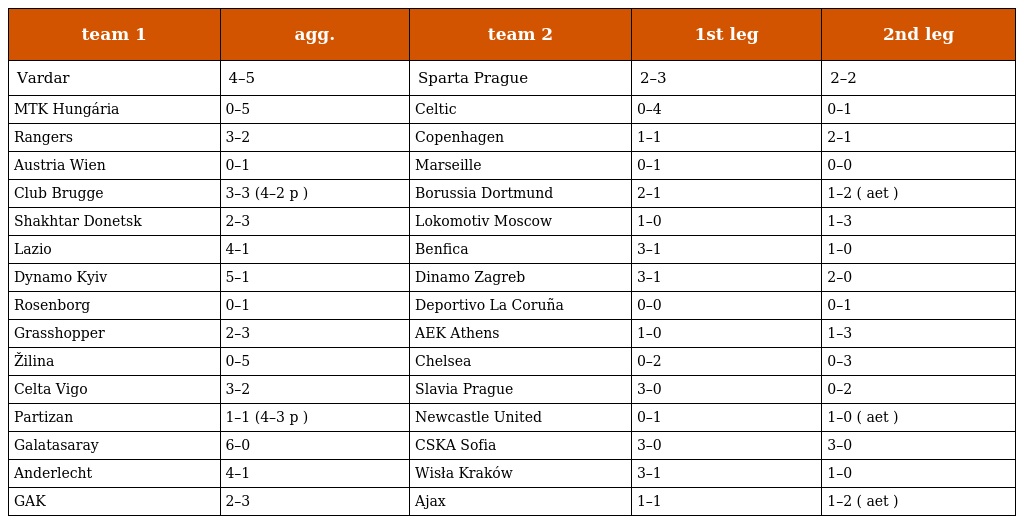
| team 1 | agg. | team 2 | 1st leg | 2nd leg |
 | --- | --- | --- | --- | --- |
 | Vardar | 4–5 | Sparta Prague | 2–3 | 2–2 |
 | MTK Hungária | 0–5 | Celtic | 0–4 | 0–1 |
 | Rangers | 3–2 | Copenhagen | 1–1 | 2–1 |
 | Austria Wien | 0–1 | Marseille | 0–1 | 0–0 |
 | Club Brugge | 3–3 (4–2 p ) | Borussia Dortmund | 2–1 | 1–2 ( aet ) |
 | Shakhtar Donetsk | 2–3 | Lokomotiv Moscow | 1–0 | 1–3 |
 | Lazio | 4–1 | Benfica | 3–1 | 1–0 |
 | Dynamo Kyiv | 5–1 | Dinamo Zagreb | 3–1 | 2–0 |
 | Rosenborg | 0–1 | Deportivo La Coruña | 0–0 | 0–1 |
 | Grasshopper | 2–3 | AEK Athens | 1–0 | 1–3 |
 | Žilina | 0–5 | Chelsea | 0–2 | 0–3 |
 | Celta Vigo | 3–2 | Slavia Prague | 3–0 | 0–2 |
 | Partizan | 1–1 (4–3 p ) | Newcastle United | 0–1 | 1–0 ( aet ) |
 | Galatasaray | 6–0 | CSKA Sofia | 3–0 | 3–0 |
 | Anderlecht | 4–1 | Wisła Kraków | 3–1 | 1–0 |
 | GAK | 2–3 | Ajax | 1–1 | 1–2 ( aet ) |